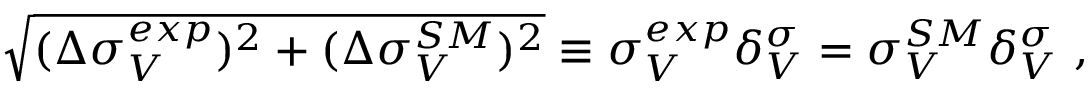
\sqrt { ( \Delta \sigma _ { V } ^ { e x p } ) ^ { 2 } + ( \Delta \sigma _ { V } ^ { S M } ) ^ { 2 } } \equiv \sigma _ { V } ^ { e x p } \delta _ { V } ^ { \sigma } = \sigma _ { V } ^ { S M } \delta _ { V } ^ { \sigma } ~ ,